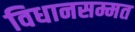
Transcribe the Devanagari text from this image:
विधानसम्मत